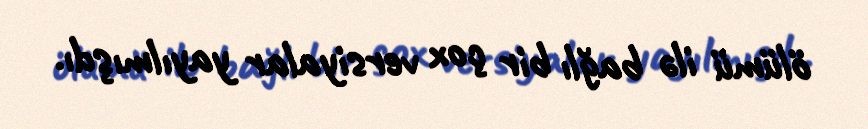
ölümü ilə bağlı bir çox versiyalar yayılmışdı.